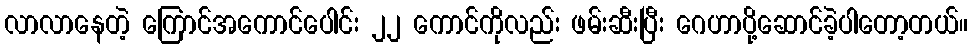
လာလာနေတဲ့ ကြောင်အကောင်ပေါင်း ၂၂ ကောင်ကိုလည်း ဖမ်းဆီးပြီး ဂေဟာပို့ဆောင်ခဲ့ပါတော့တယ်။